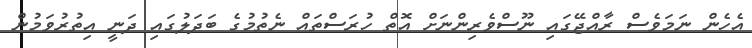
އެހެން ނަމަވެސް ރާއްޖޭގައި ނޫސްވެރިންނަށް އޮތް ހުރަސްތައް ނެތުމުގެ ބަދަލުގައި ދަނީ އިތުރުވަމުން